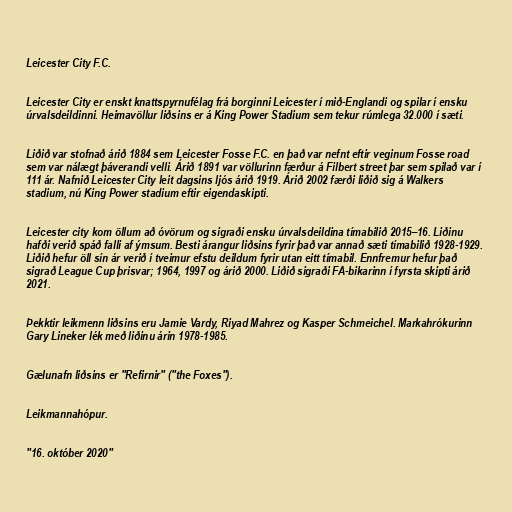
Leicester City F.C.

Leicester City er enskt knattspyrnufélag frá borginni Leicester í mið-Englandi og spilar í ensku
úrvalsdeildinni. Heimavöllur liðsins er á King Power Stadium sem tekur rúmlega 32.000 í sæti.

Liðið var stofnað árið 1884 sem Leicester Fosse F.C. en það var nefnt eftir veginum Fosse road
sem var nálægt þáverandi velli. Árið 1891 var völlurinn færður á Filbert street þar sem spilað var í
111 ár. Nafnið Leicester City leit dagsins ljós árið 1919. Árið 2002 færði liðið sig á Walkers
stadium, nú King Power stadium eftir eigendaskipti.

Leicester city kom öllum að óvörum og sigraði ensku úrvalsdeildina tímabilið 2015–16. Liðinu
hafði verið spáð falli af ýmsum. Besti árangur liðsins fyrir það var annað sæti tímabilið 1928-1929.
Liðið hefur öll sín ár verið í tveimur efstu deildum fyrir utan eitt tímabil. Ennfremur hefur það
sigrað League Cup þrisvar; 1964, 1997 og árið 2000. Liðið sigraði FA-bikarinn í fyrsta skipti árið
2021.

Þekktir leikmenn liðsins eru Jamie Vardy, Riyad Mahrez og Kasper Schmeichel. Markahrókurinn
Gary Lineker lék með liðinu árin 1978-1985.

Gælunafn liðsins er "Refirnir" ("the Foxes").

Leikmannahópur.

"16. október 2020"